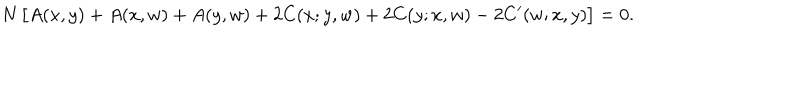
LaTeX: N \, \bigl [ A ( x , y ) + A ( x , w ) + A ( y , w ) + 2 C ( x ; y , w ) + 2 C ( y ; x , w ) - 2 C ^ { \prime } ( w ; x , y ) \bigr ] = 0 .